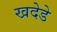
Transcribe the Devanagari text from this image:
खदेडे